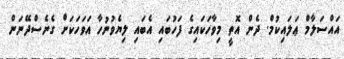
އައްސަލާމް ޢަލައިކުމް. ދެން އޮތީ މިވާހަކައިގެ ފަހުބައި އެބައި ލިޔެވުނުހާ އަވަހަކަށް ގެނެސްދޭނަން